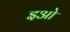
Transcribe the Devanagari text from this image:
इओ